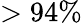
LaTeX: >94\%